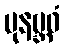
ပုနဗ္ဘဝံ